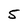
Character: 5